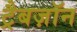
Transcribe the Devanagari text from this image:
ट्रैबज़ॉन